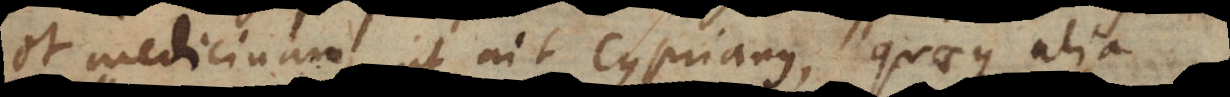
et medicinam, ut ait Cyprianus. Quaeque alia